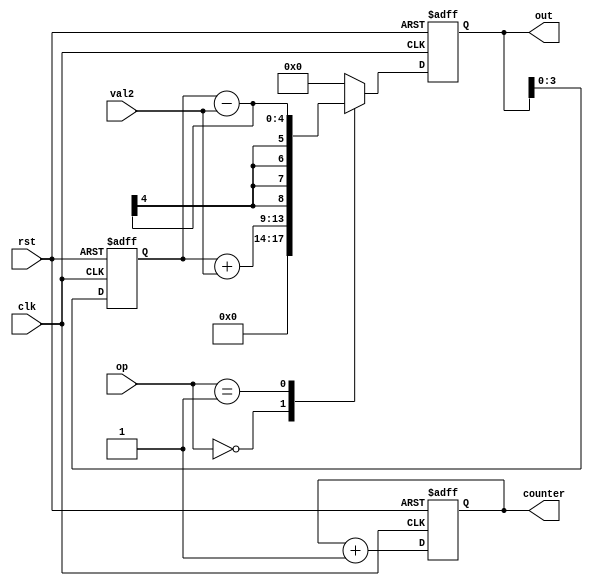
module CalculatorWithCounter(
    input  wire       clk,
    input  wire       rst,
    input  wire [3:0] val2,
    input  wire [1:0] op,
    output reg  [8:0] out,
    output reg  [8:0] counter
);

reg [3:0] val1;

always @(posedge clk or negedge rst) begin
  if(!rst) begin
    out     <= 9'b0;
    counter <= 9'b0;
    val1    <= 1'b0;
  end

  else begin
    val1    <= out;
    counter <= counter + 1;
    case (op) 
    00 : begin
      out <= val1 + val2;
    end
    01 : begin
      out <= val1 - val2;
    end
    10 : begin
      out <= val1 * val2;
    end
    11 : begin
      out <= val1 / val2;
    end 
    default : begin
      out <= 9'b0;
    end
    endcase
  end
end

endmodule